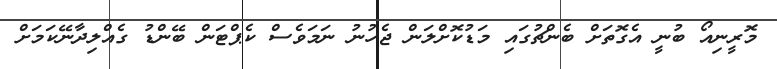
މޮރީނިއޯ ބުނީ އެގޮތަށް ބެންޗުގައި މަޑުކޮށްލަން ޖެހުނު ނަމަވެސް ކެޕްޓަން ބޭންޑު ގެއްލިދާނޭކަމަށް